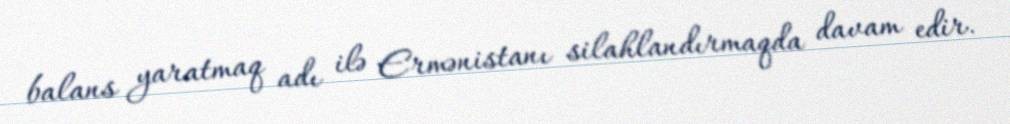
balans yaratmaq adı ilə Ermənistanı silahlandırmaqda davam edir.